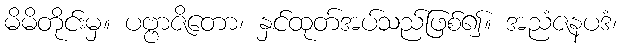
မိမိတိုင်းမှ။ ပဗ္ဗာဇိတော၊ နှင်ထုတ်အပ်သည်ဖြစ်၍။ အညံဇနပဒံ၊